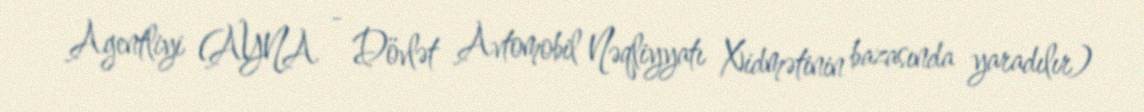
Agentliyi (AYNA - Dövlət Avtomobil Nəqliyyatı Xidmətinin bazasında yaradılır)